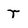
Character: r